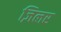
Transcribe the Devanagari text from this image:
ज़िलर